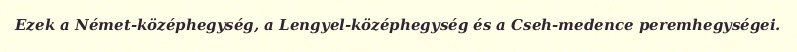
Ezek a Német-középhegység, a Lengyel-középhegység és a Cseh-medence peremhegységei.